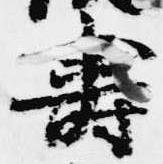
寿